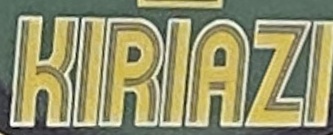
KIRIAZI